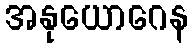
အနုယောဂေန